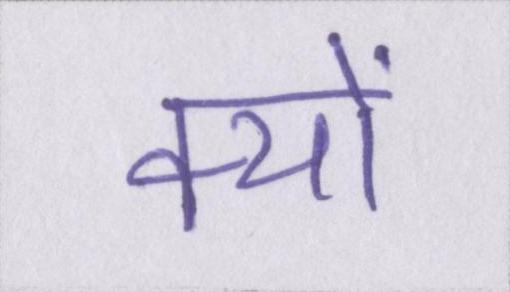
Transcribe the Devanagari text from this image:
क्यों